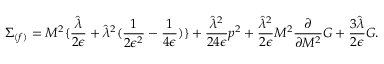
\Sigma _ { ( f ) } = M ^ { 2 } \{ { \frac { \hat { \lambda } } { 2 \epsilon } } + { \hat { \lambda } } ^ { 2 } ( { \frac { 1 } { 2 \epsilon ^ { 2 } } } - { \frac { 1 } { 4 \epsilon } } ) \} + { \frac { { \hat { \lambda } } ^ { 2 } } { 2 4 \epsilon } } p ^ { 2 } + { \frac { { \hat { \lambda } } ^ { 2 } } { 2 \epsilon } } M ^ { 2 } { \frac { \partial } { \partial { M ^ { 2 } } } } G + { \frac { 3 \hat { \lambda } } { 2 \epsilon } } G .